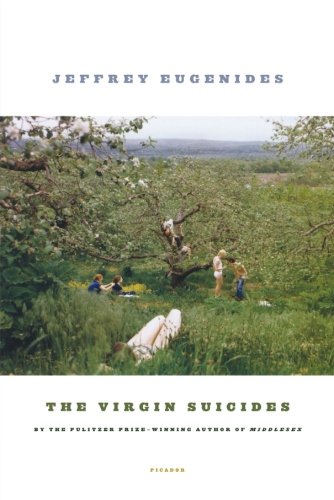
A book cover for The Virgin Suicides: A Novel; Jeffrey Eugenides; Literature & Fiction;